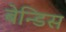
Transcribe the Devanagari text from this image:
बेन्डिस